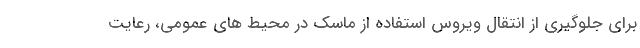
برای جلوگیری از انتقال ویروس استفاده از ماسک در محیط های عمومی، رعایت